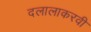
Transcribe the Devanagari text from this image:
दलालाकरवी